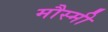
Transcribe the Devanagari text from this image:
मौस्मी